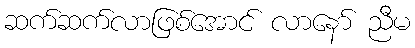
ဆက်ဆက်လာဖြစ်အောင် လာနော် ညီမ